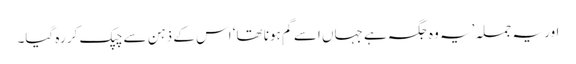
اور یہ جملہ ’یہ وہ جگہ ہے جہاں اسے گم ہونا تھا‘ اس کے ذہن سے چپک کر رہ گیا۔